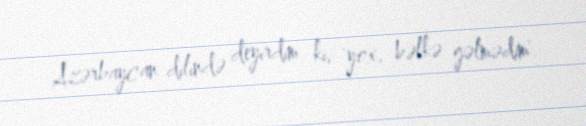
Azərbaycan dilində deyirdim ki, `yox, bəlkə gəlmədim`.